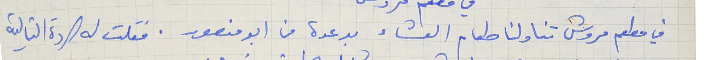
في مطعم مروش تناولنا طعام العشاء بدعوة من ابو منصور. فقلت له الردة التالية